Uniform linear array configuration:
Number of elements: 12
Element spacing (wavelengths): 1
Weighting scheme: cosine
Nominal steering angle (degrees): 45
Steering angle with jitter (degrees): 45.084
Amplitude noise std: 0.05
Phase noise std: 0.05

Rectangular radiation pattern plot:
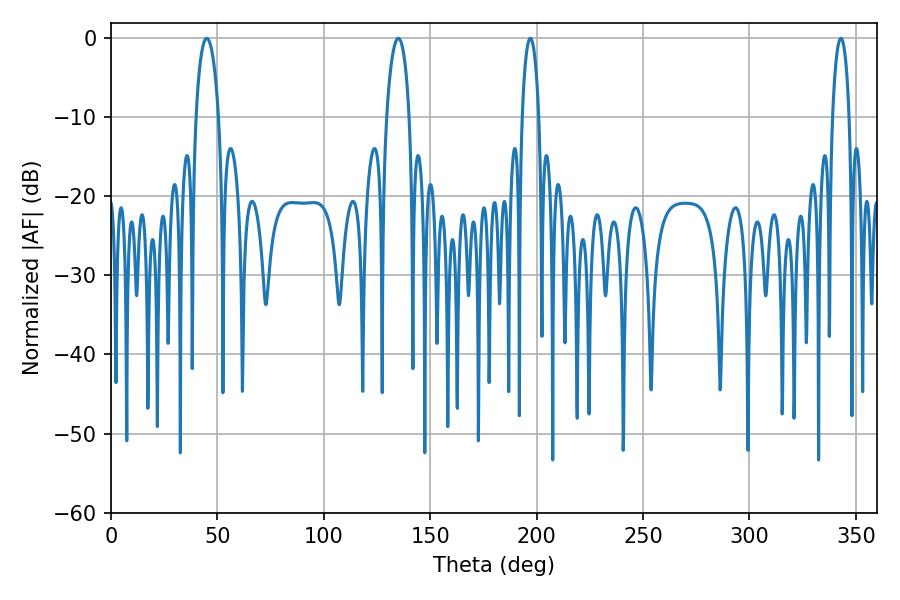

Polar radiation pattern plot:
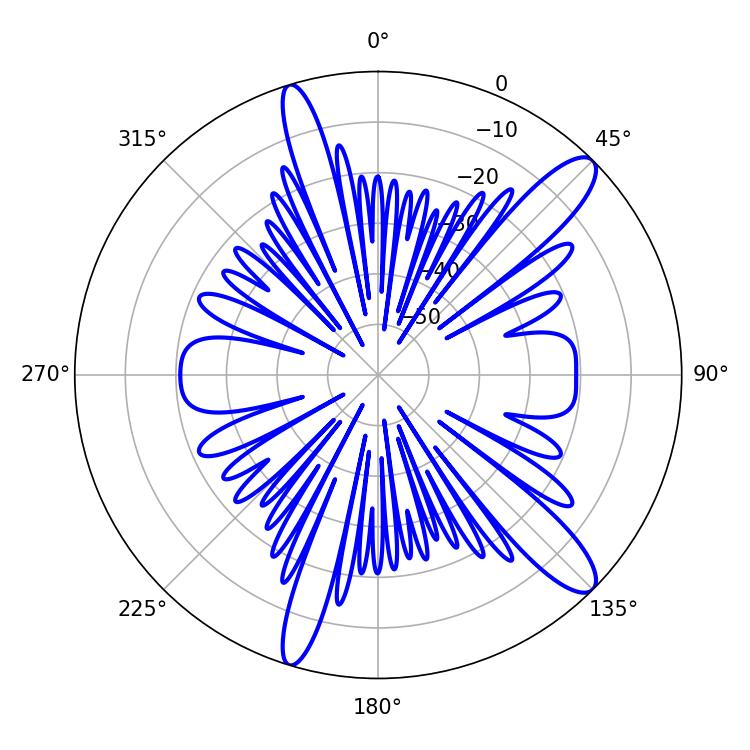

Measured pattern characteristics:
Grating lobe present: TRUE
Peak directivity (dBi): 12.422
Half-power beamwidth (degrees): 5.94
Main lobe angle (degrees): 45